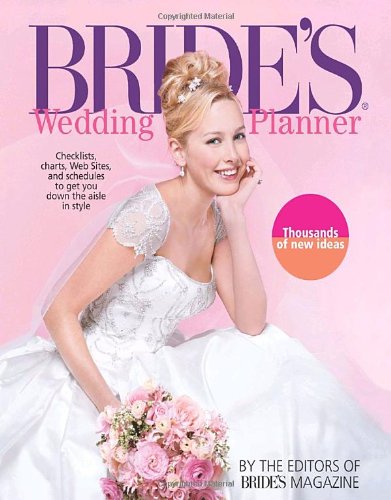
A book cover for Bride's Wedding Planner; Brides' Magazine Editors; Crafts, Hobbies & Home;